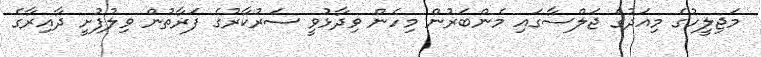
މަޖިލީހުގެ މިއަދުގެ ޖަލްސާގައި މެންބަރުން މިހެން ވިދާޅުވީ ސަރުކާރުގެ ފަރާތުން ވިލުފުށީ ދާއިރާގެ